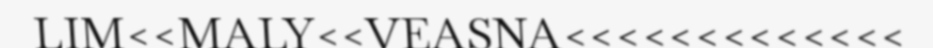
LIM<<MALY<<VEASNA<<<<<<<<<<<<<